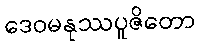
ဒေဝမနုဿပူဇိတော